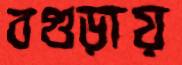
বগুড়ায়